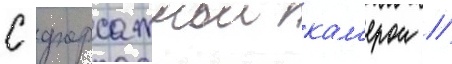
с форсажнои кам'ерои //